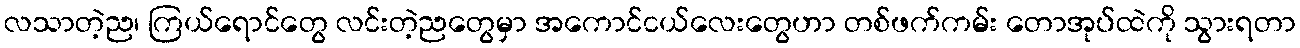
လသာတဲ့ည၊ ကြယ်ရောင်တွေ လင်းတဲ့ညတွေမှာ အကောင်ငယ်လေးတွေဟာ တစ်ဖက်ကမ်း တောအုပ်ထဲကို သွားရတာ